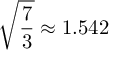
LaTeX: { \sqrt { \frac { 7 } { 3 } } } \approx 1 . 5 4 2